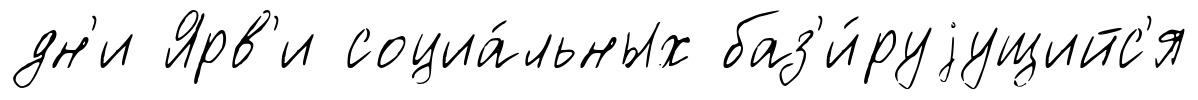
дн'и Ярв'и социа́льных баз'и́руjущийс'я